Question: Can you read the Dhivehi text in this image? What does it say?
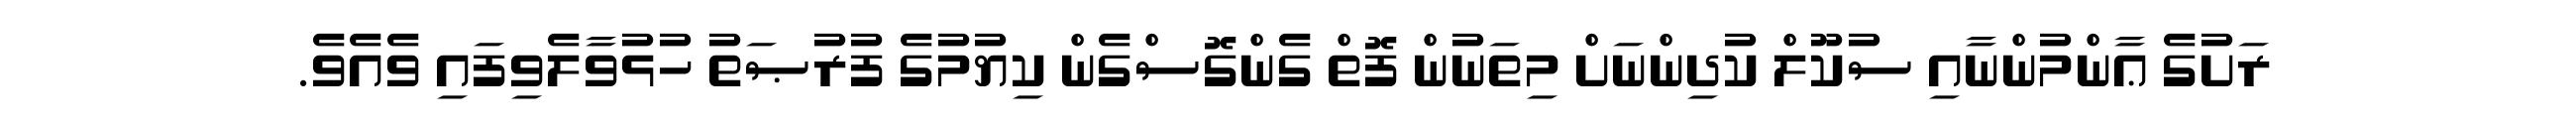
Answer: ރަށުގެ ޢާންމުންނާއި ސުކޫލް ކުދިންނަށް މިތަނުން ފޮތް ގެންގޮސްގެން ކިޔުމުގެ ފުރުޞަތު ހުޅުވާލެވިފައި ވެއެވެ.